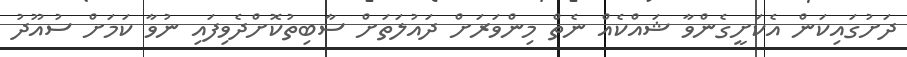
ދަށުގައިކަން އެކަށީގެންވާ ޝައްކެއް ނެތް މިންވަރަށް ދައުލަތަށް ސާބިތުކޮށްދެވިފައި ނުވާ ކަމަށް ސުއޫދު